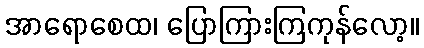
အာရောစေထ၊ ပြောကြားကြကုန်လော့။